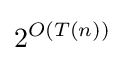
2^{O(T(n))}